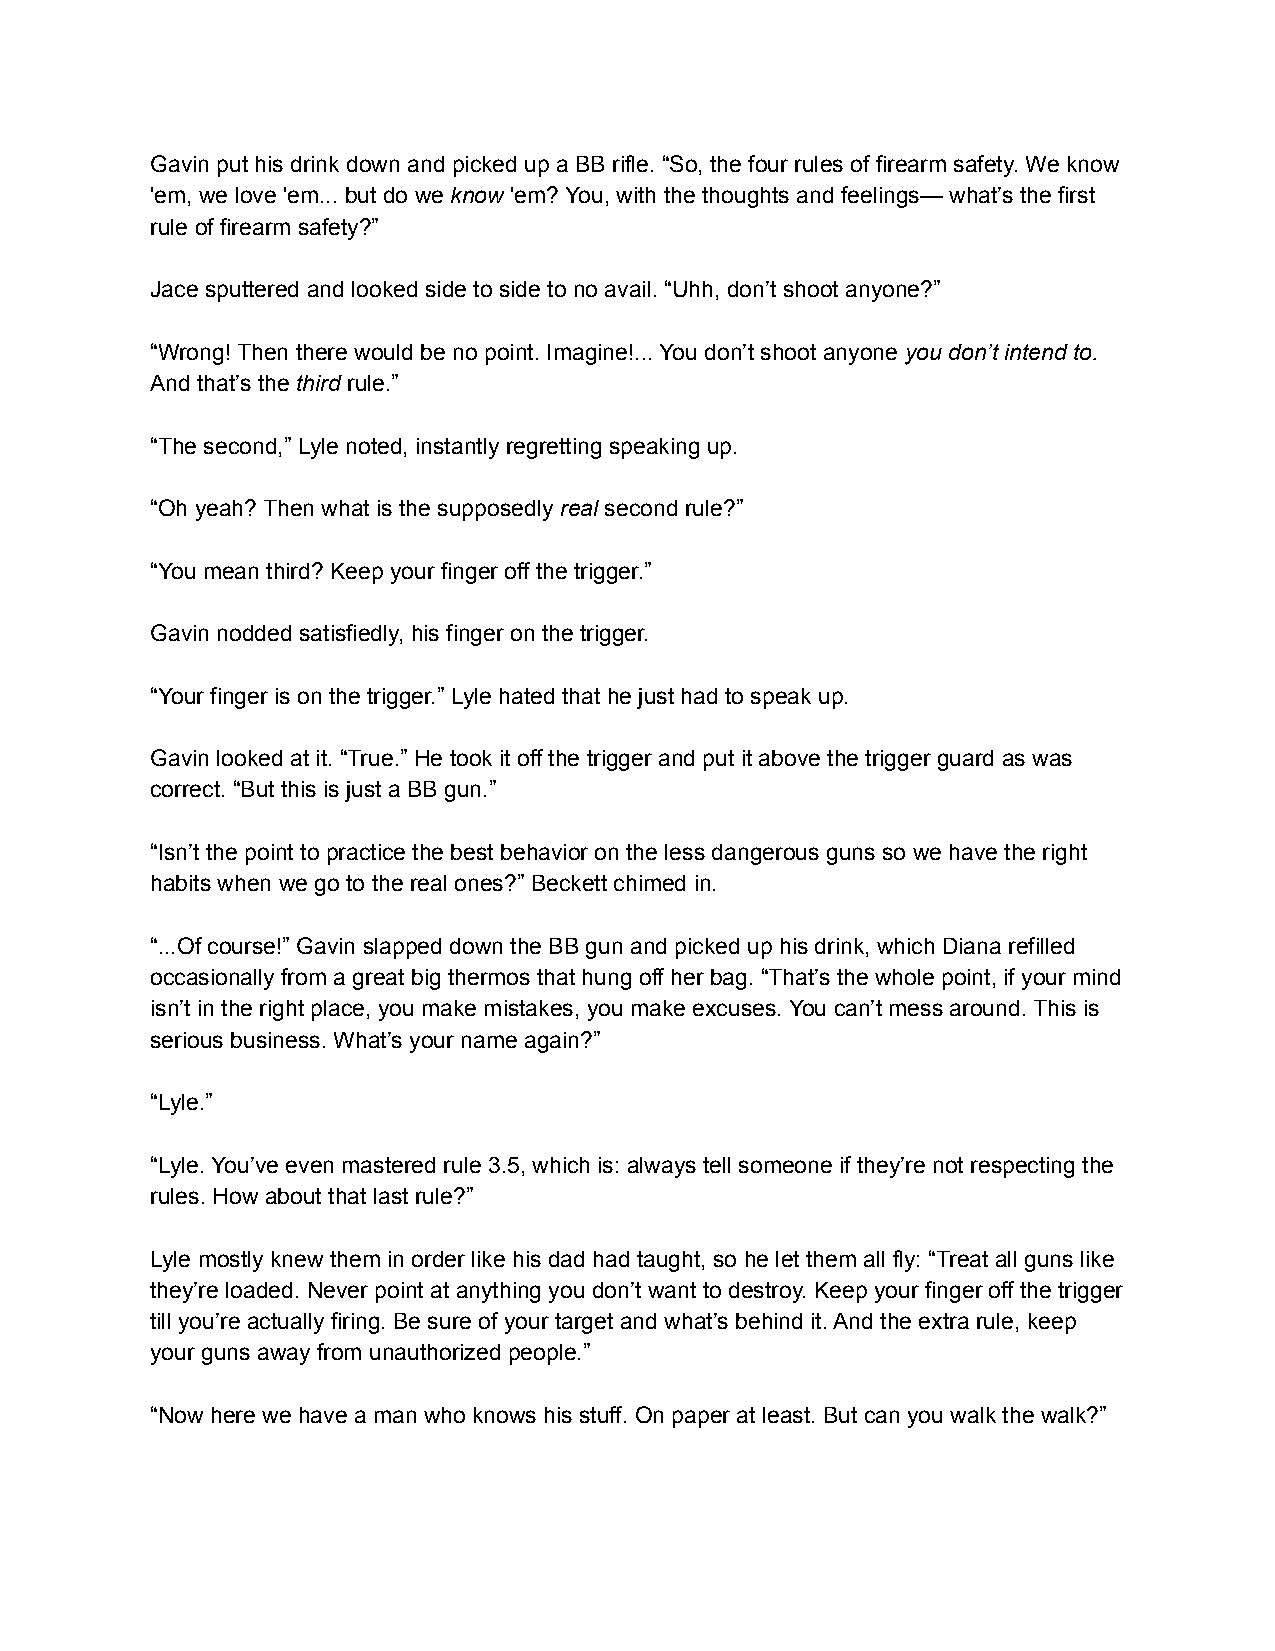
Gavin put his drink down and picked up a BB rifle. “So, the four rules of firearm safety. We know
 'em, we love 'em... but do we know 'em? You, with the thoughts and feelings— what’s the first
 rule of firearm safety?”
 Jace sputtered and looked side to side to no avail. “Uhh, don’t shoot anyone?”
 “Wrong! Then there would be no point. Imagine!... You don’t shoot anyone you don’t intend to.
 And that’s the third rule.”
 “The second,” Lyle noted, instantly regretting speaking up.
 “Oh yeah? Then what is the supposedly real second rule?”
 “You mean third? Keep your finger off the trigger.”
 Gavin nodded satisfiedly, his finger on the trigger.
 “Your finger is on the trigger.” Lyle hated that he just had to speak up.
 Gavin looked at it. “True.” He took it off the trigger and put it above the trigger guard as was
 correct. “But this is just a BB gun.”
 “Isn’t the point to practice the best behavior on the less dangerous guns so we have the right
 habits when we go to the real ones?” Beckett chimed in.
 “...Of course!” Gavin slapped down the BB gun and picked up his drink, which Diana refilled
 occasionally from a great big thermos that hung off her bag. “That’s the whole point, if your mind
 isn’t in the right place, you make mistakes, you make excuses. You can’t mess around. This is
 serious business. What’s your name again?”
 “Lyle.”
 “Lyle. You’ve even mastered rule 3.5, which is: always tell someone if they’re not respecting the
 rules. How about that last rule?”
 Lyle mostly knew them in order like his dad had taught, so he let them all fly: “Treat all guns like
 they’re loaded. Never point at anything you don’t want to destroy. Keep your finger off the trigger
 till you’re actually firing. Be sure of your target and what’s behind it. And the extra rule, keep
 your guns away from unauthorized people.”
 “Now here we have a man who knows his stuff. On paper at least. But can you walk the walk?”